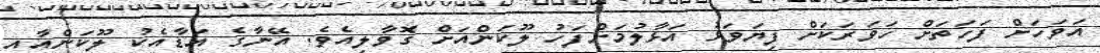
އަވަހަށް ފަހަތަށް ހަވަރަކަށް ފިޔަވަޅު އަޅާލުމަށްފަހު ލޫކަންއަށް ގޮވާލިއެވެ. އޭނާގެ އަޑާއެކު ލޫކަންއާއި